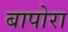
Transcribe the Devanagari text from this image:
बापोरा